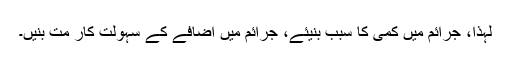
لہذا، جرائم میں کمی کا سبب بنیئے، جرائم میں اضافے کے سہولت کار مت بنیں۔